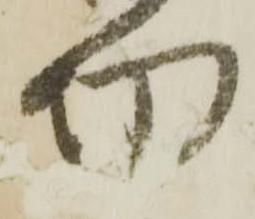
切